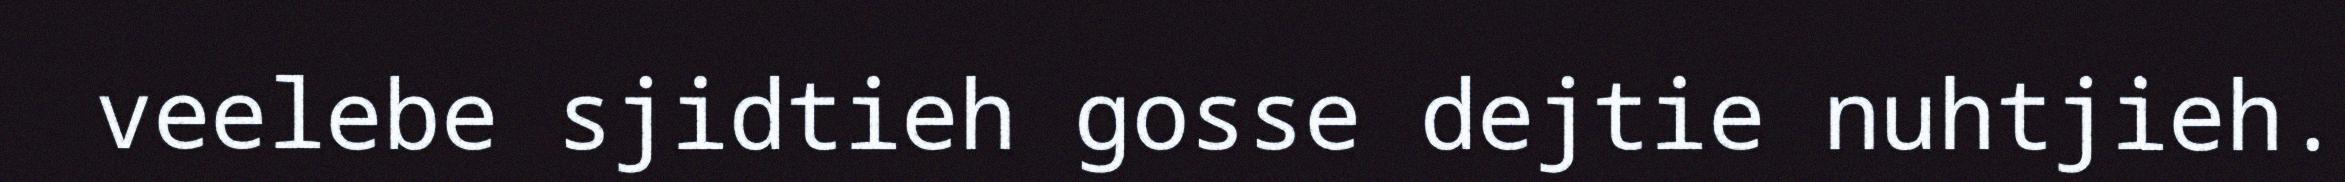
veelebe sjidtieh gosse dejtie nuhtjieh.